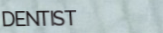
DENTIST